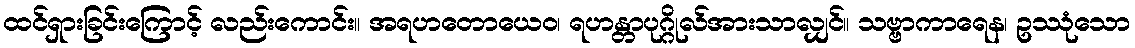
ထင်ရှားခြင်းကြောင့် လည်းကောင်း။ အရဟတောယေဝ၊ ရဟန္တာပုဂ္ဂိုလ်အားသာလျှင်။ သဗ္ဗာကာရေန၊ ဥဿုံသော